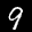
Label: 9